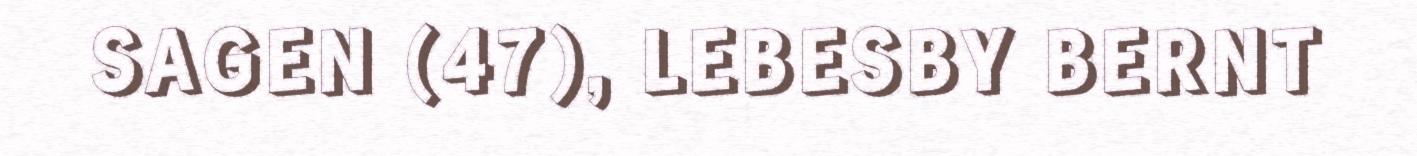
SAGEN (47), LEBESBY BERNT